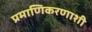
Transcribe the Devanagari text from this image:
प्रमाणिकरणाशी